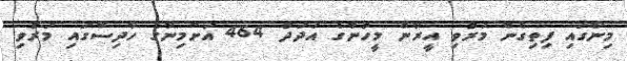
މިނާގައި ފިތިގެން މަރުވި އީރާން މީހުންގެ އަދަދު 464 އަށްމިނާގެ ހާދިސާގައި މަރުވި